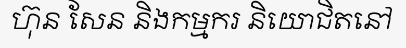
ហ៊ុន សែន និងកម្មករ និយោជិតនៅ